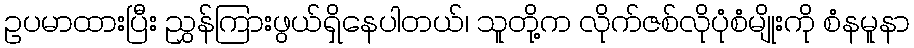
ဥပမာထားပြီး ညွှန်ကြားဖွယ်ရှိနေပါတယ်၊ သူတို့က လိုက်ဇစ်လိုပုံစံမျိုးကို စံနမူနာ